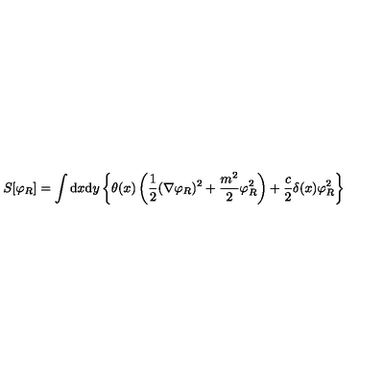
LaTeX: S [ \varphi _ { R } ] = \int { \mathrm { d } } x { \mathrm { d } } y \left\{ \theta ( x ) \left( \frac { 1 } { 2 } ( \nabla \varphi _ { R } ) ^ { 2 } + \frac { m ^ { 2 } } { 2 } \varphi _ { R } ^ { 2 } \right) + \frac { c } { 2 } \delta ( x ) \varphi _ { R } ^ { 2 } \right\}